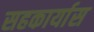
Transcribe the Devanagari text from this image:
सहकार्यास